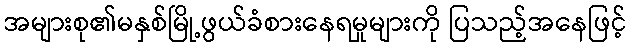
အများစု၏မနှစ်မြို့ဖွယ်ခံစားနေရမှုများကို ပြသည့်အနေဖြင့်